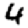
Digit: 4